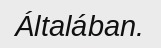
Általában.